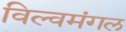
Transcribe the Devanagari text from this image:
विल्वमंगल